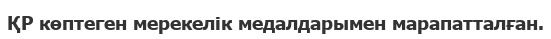
ҚР көптеген мерекелік медалдарымен марапатталған.